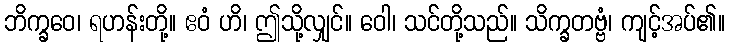
ဘိက္ခဝေ၊ ရဟန်းတို့။ ဧဝံ ဟိ၊ ဤသို့လျှင်။ ဝေါ၊ သင်တို့သည်။ သိက္ခတဗ္ဗံ၊ ကျင့်အပ်၏။